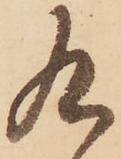
九